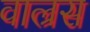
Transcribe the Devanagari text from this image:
वाल्रस